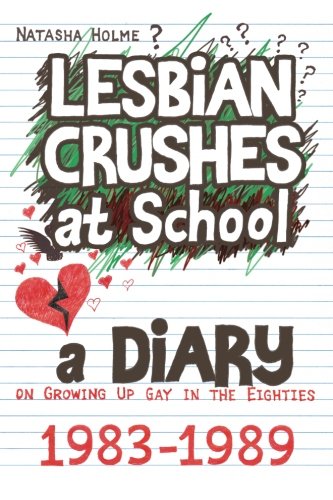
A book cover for Lesbian Crushes at School: A Diary on Growing Up Gay in the Eighties; Natasha Holme; Gay & Lesbian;